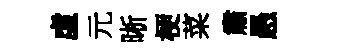
虚元晰梗菜肅愚